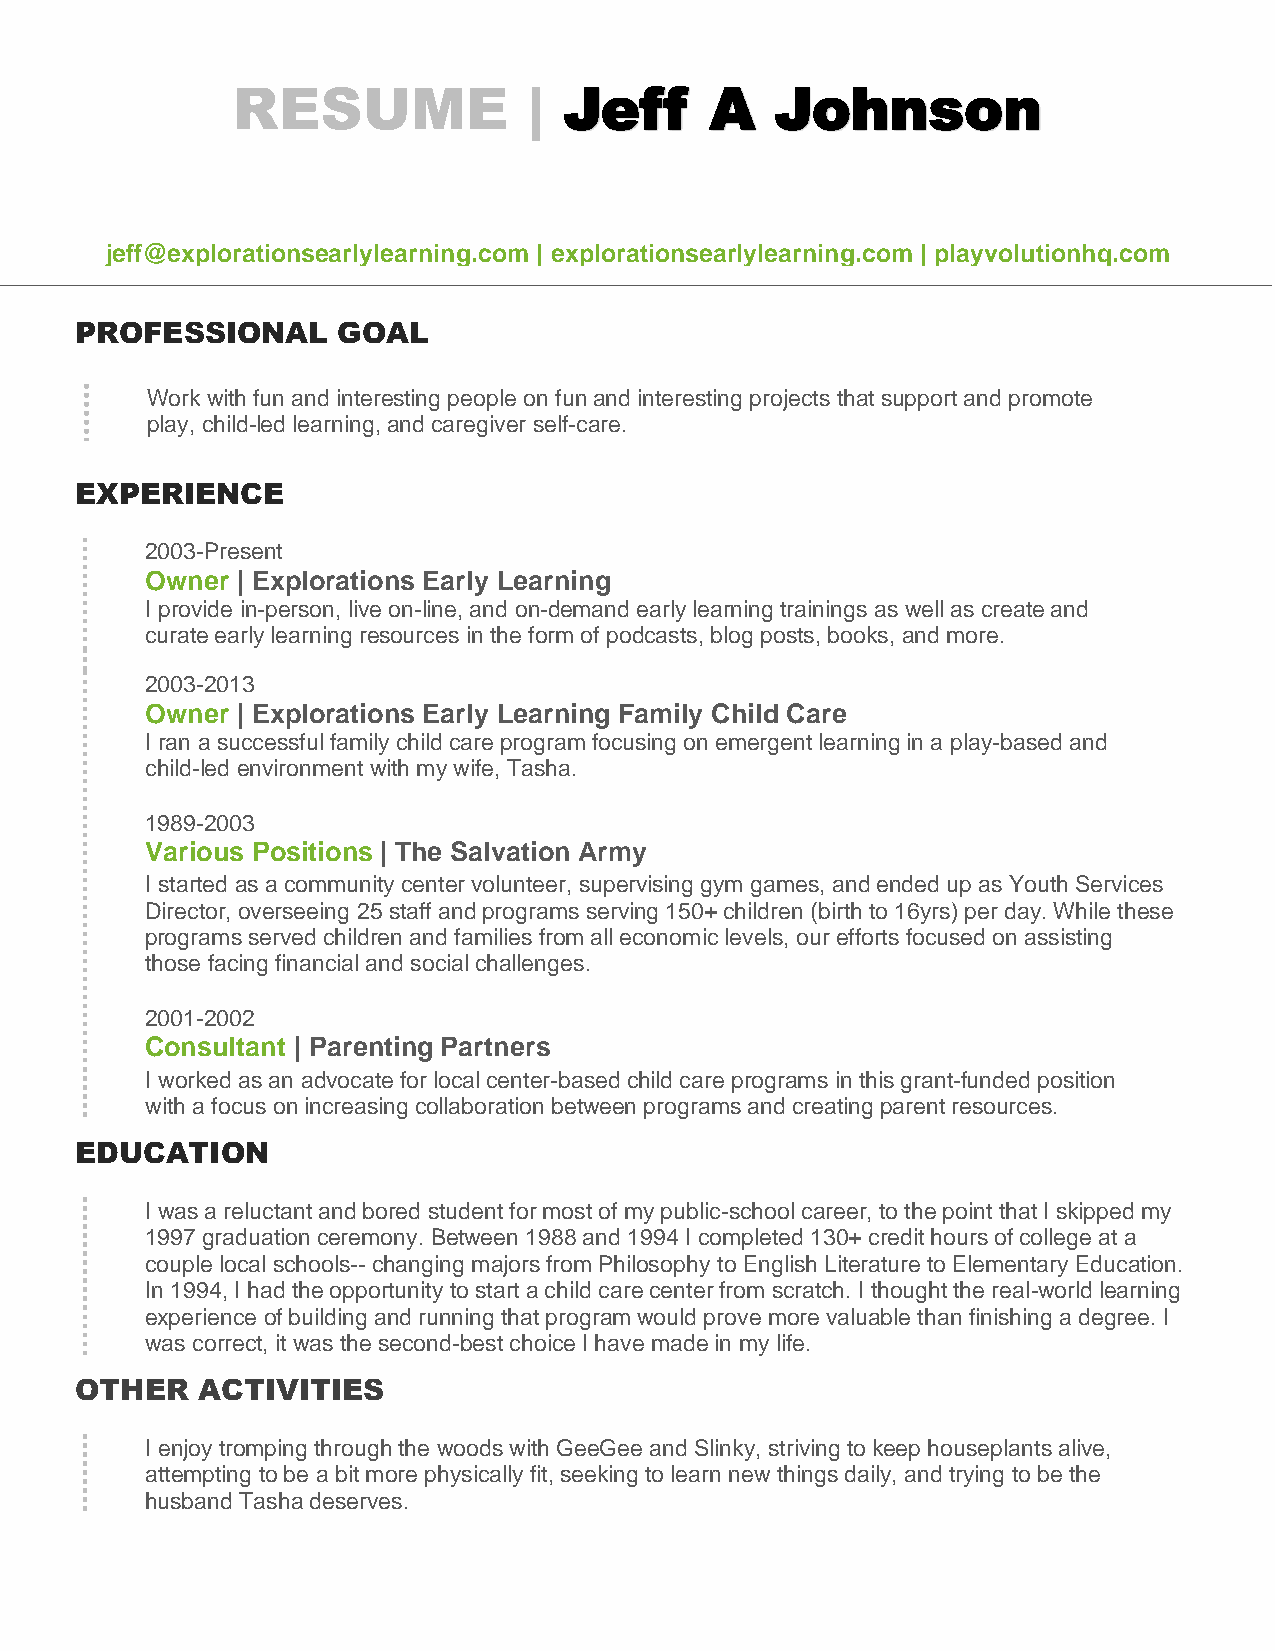
RESUME              | Jeff      A   Johnson
 jeff@explorationsearlylearning.com | explorationsearlylearning.com | playvolutionhq.com
 PROFESSIONAL     GOAL
 Work with fun and interesting people on fun and interesting projects that support and promote
 play, child-led learning, and caregiver self-care.
 EXPERIENCE
 2003-Present
 Owner | Explorations Early Learning
 I provide in-person, live on-line, and on-demand early learning trainings as well as create and
 curate early learning resources in the form of podcasts, blog posts, books, and more.
 2003-2013
 Owner | Explorations Early Learning Family Child Care
 I ran a successful family child care program focusing on emergent learning in a play-based and
 child-led environment with my wife, Tasha.
 1989-2003
 Various Positions | The Salvation Army
 I started as a community center volunteer, supervising gym games, and ended up as Youth Services
 Director, overseeing 25 staff and programs serving 150+ children (birth to 16yrs) per day. While these
 programs served children and families from all economic levels, our efforts focused on assisting
 those facing financial and social challenges.
 2001-2002
 Consultant | Parenting Partners
 I worked as an advocate for local center-based child care programs in this grant-funded position
 with a focus on increasing collaboration between programs and creating parent resources.
 EDUCATION
 I was a reluctant and bored student for most of my public-school career, to the point that I skipped my
 1997 graduation ceremony. Between 1988 and 1994 I completed 130+ credit hours of college at a
 couple local schools-- changing majors from Philosophy to English Literature to Elementary Education.
 In 1994, I had the opportunity to start a child care center from scratch. I thought the real-world learning
 experience of building and running that program would prove more valuable than finishing a degree. I
 was correct, it was the second-best choice I have made in my life.
 OTHER   ACTIVITIES
 I enjoy tromping through the woods with GeeGee and Slinky, striving to keep houseplants alive,
 attempting to be a bit more physically fit, seeking to learn new things daily, and trying to be the
 husband Tasha deserves.